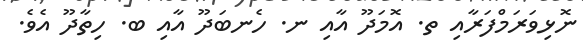
ނޮޅިވަރަމްފަރާއި ތ. އޮމަދޫ އާއި ނ. ހެނބަދޫ އާއި ބ. ހިތާދޫ އެވެ.